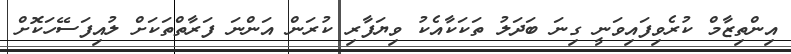
އިންތިޒާމް ކުރެވިފައިވަނީ ގިނަ ބަދަލު ތަކަކާއެކު ވިޔަފާރި ކުރަން އަންނަ ފަރާތްތަކަށް ލުއިފަސޭހަކޮށް